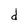
Character: d